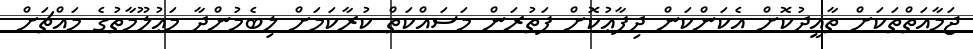
ޖަމާއަތްތަކަށް ތާއީދުކޮށް އެކަންކަން ދިފާޢުކޮށް ފަތުރަން މަސައްކަތް ކުރާކަމަށް ލިބެމުންދާ މަޢުލޫމާތުގެ މައްޗަށް